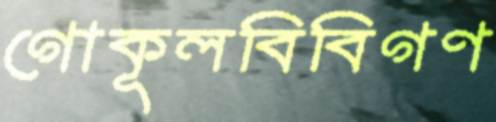
গোকূলবিবিগণ